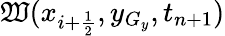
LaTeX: \mathfrak{W}(x_{i+\frac{{1}}{{2}}},y_{G_{y}},t_{n+1})